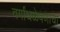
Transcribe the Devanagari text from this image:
वर्गांधळेपणाचा